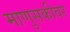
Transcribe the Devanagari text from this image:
माणुसकीवर